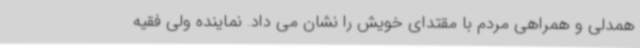
همدلی و همراهی مردم با مقتدای خویش را نشان می داد. نماینده ولی فقیه